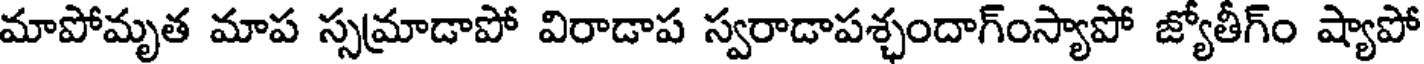
మాపోమృత మాప స్సమాడాపో విరాడాప స్వరాడాపశ్చందాగ్ంస్యాపో జ్యోతీగ్ం ష్యాపో